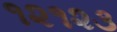
૧૨૧૨૩